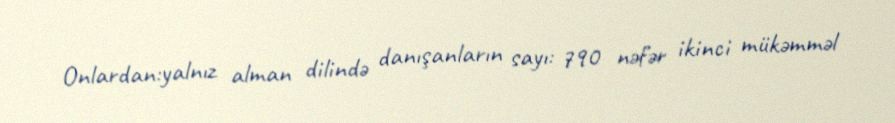
Onlardan:yalnız alman dilində danışanların sayı: 790 nəfər ikinci mükəmməl